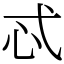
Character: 忒